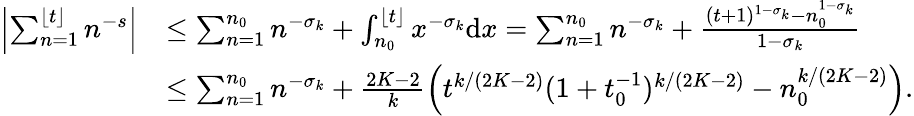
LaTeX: \begin{array}{rl}{\left|\sum_{n=1}^{\lfloor t\rfloor}n^{-s}\right|}&{\le\sum_{n=1}^{n_{0}}n^{-\sigma_{k}}+\int_{n_{0}}^{\lfloor t\rfloor}x^{-\sigma_{k}}\mathrm{d}x=\sum_{n=1}^{n_{0}}n^{-\sigma_{k}}+\frac{(t+1)^{1-\sigma_{k}}-n_{0}^{1-\sigma_{k}}}{1-\sigma_{k}}}\\ &{\le\sum_{n=1}^{n_{0}}n^{-\sigma_{k}}+\frac{2K-2}{k}\left(t^{k/(2K-2)}(1+t_{0}^{-1})^{k/(2K-2)}-n_{0}^{k/(2K-2)}\right).}\end{array}